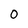
Character: 0